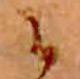
に